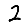
Digit: 2